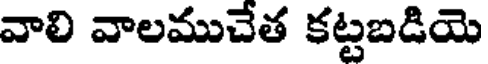
వాలి వాలముచేత కట్టబడియె